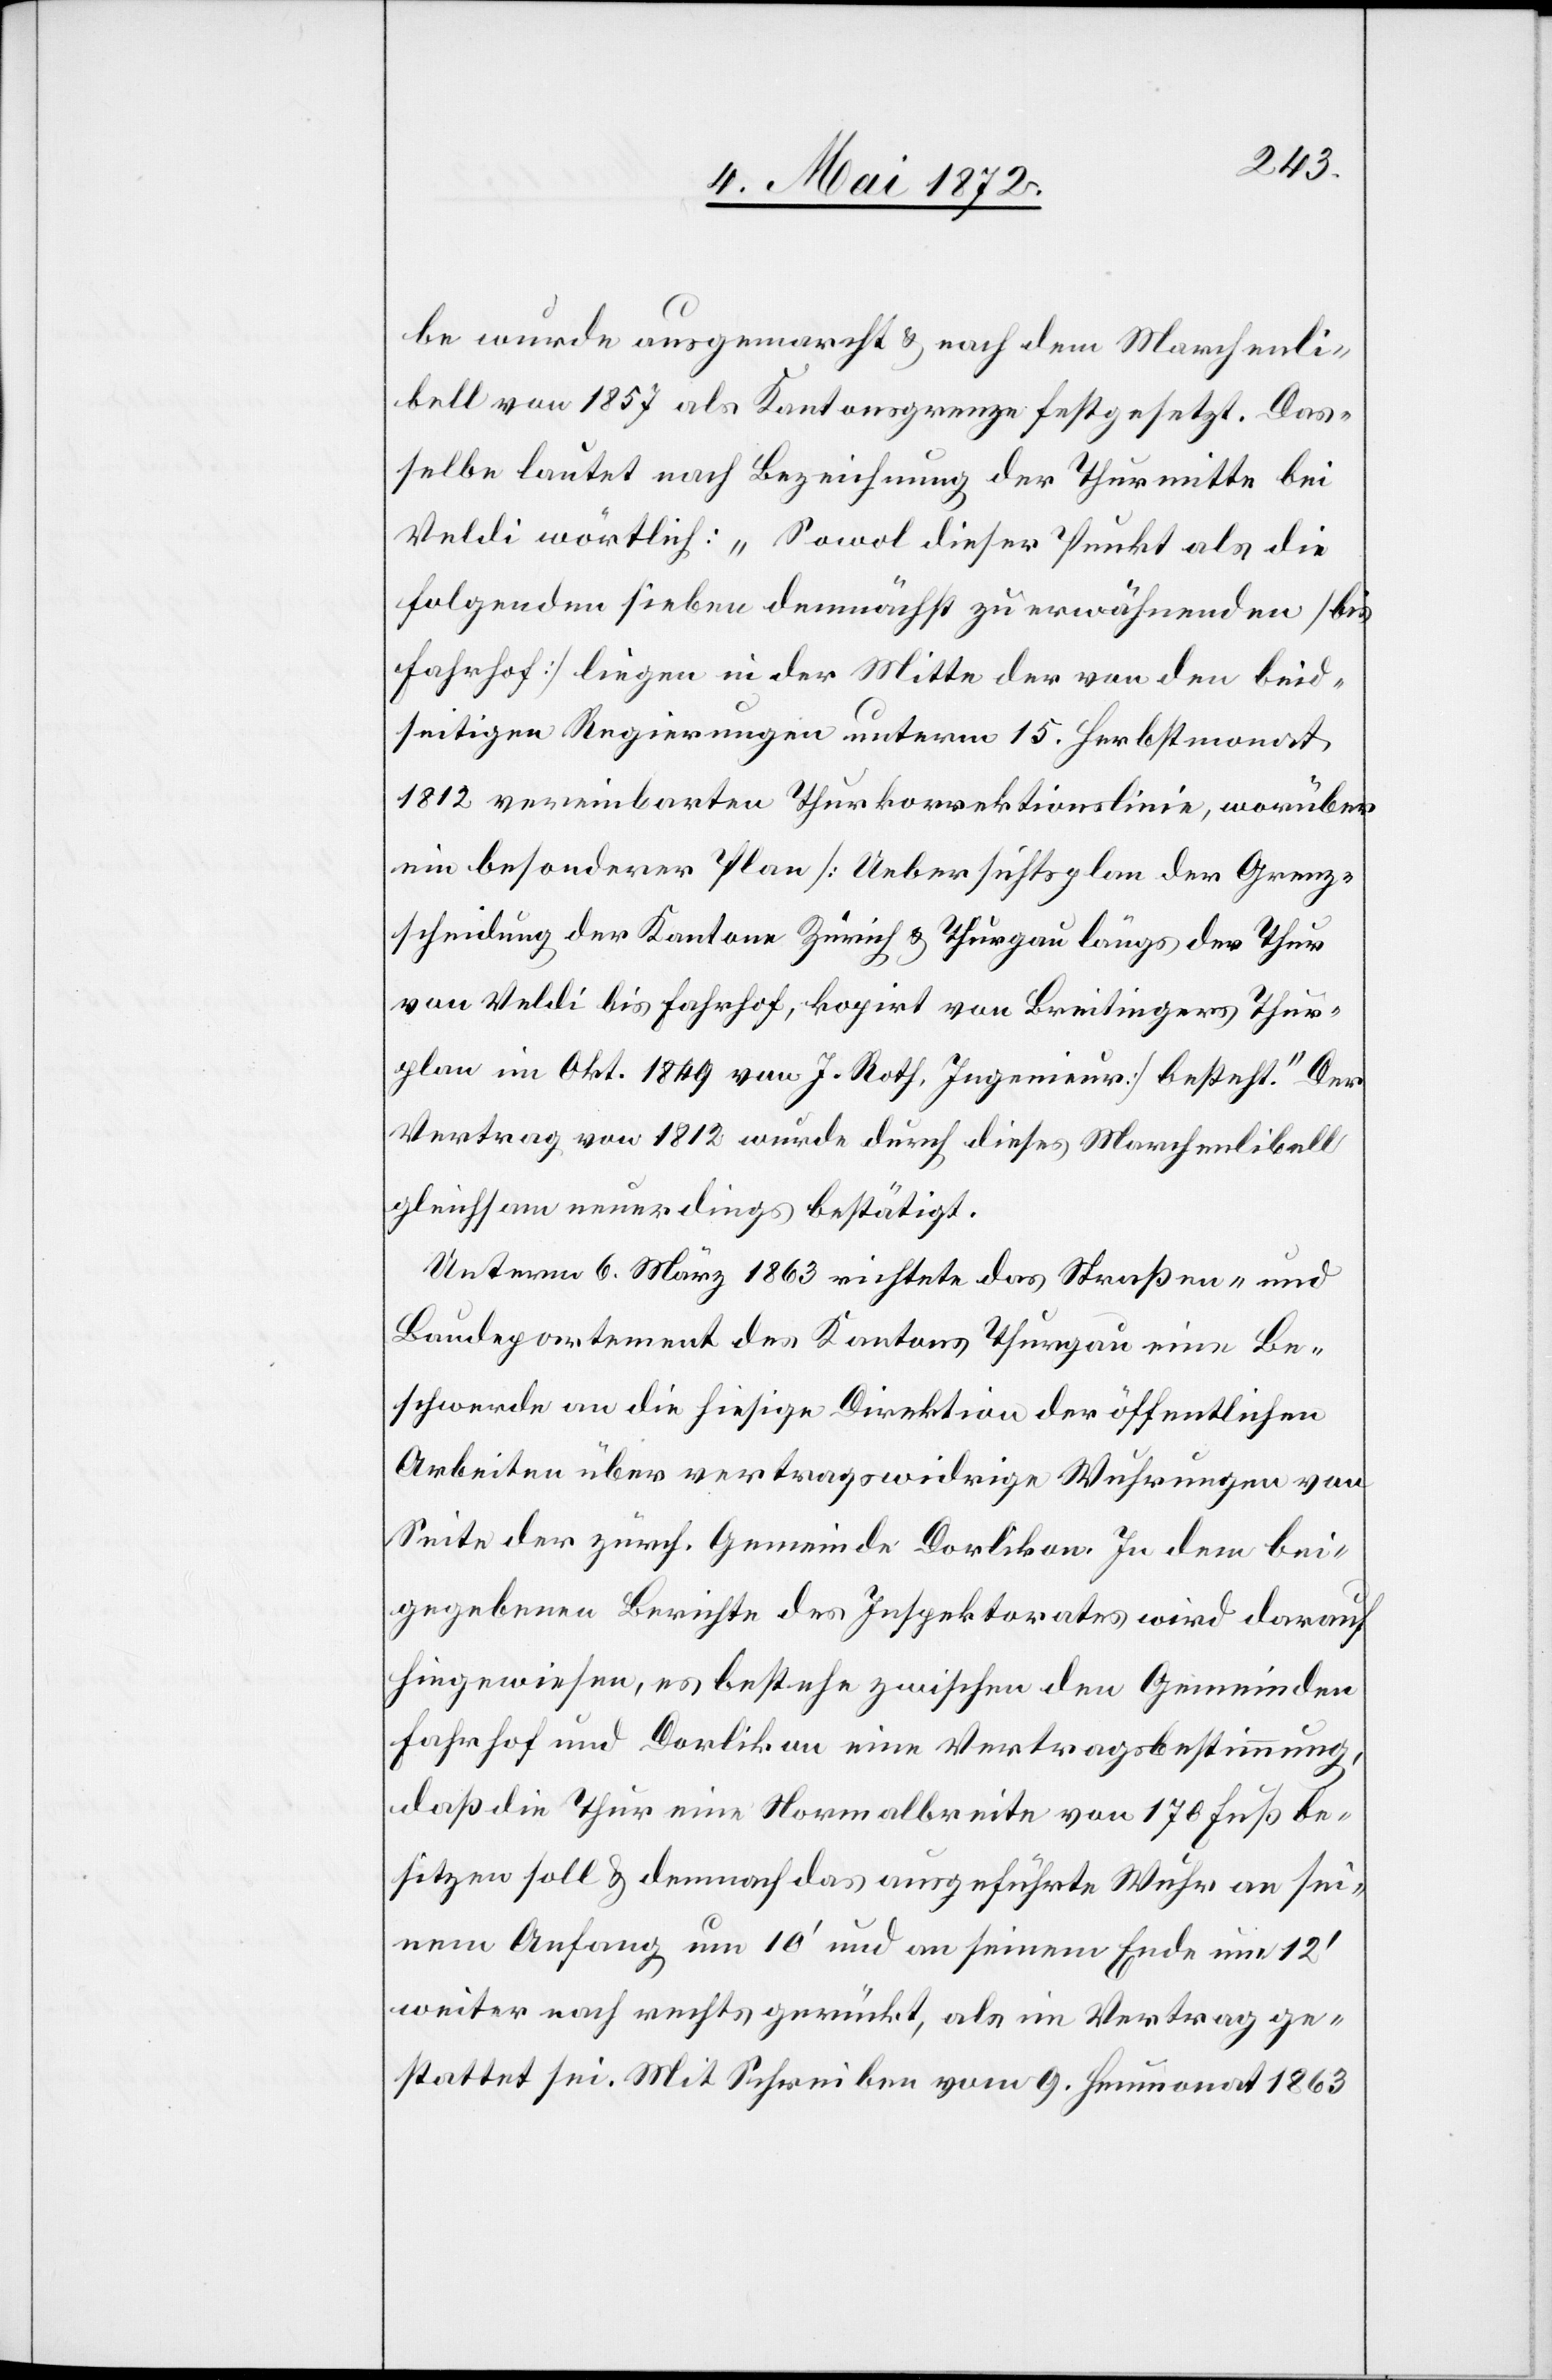
be wurde ausgemarcht u. nach dem Marchenli¬
bell von 1857 als Kantonsgrenze festgesetzt. Das¬
selbe lautet nach Bezeichnung der Thurmitte bei
Veldi wörtlich: „Sowol dieser Punkt als die
folgenden sieben demnächst zu erwähnenden [bis
Fahrhof] liegen in der Mitte der von den beid¬
seitigen Regierungen unterm 15. Herbstmonat
1812 vereinbarten Thurkorrektionslinie, worüber
ein besonderer Plan [Uebersichtsplan der Grenz¬
scheidung der Kantone Zürich u. Thurgau längs der Thur
von Veldi bis Fahrhof, kopirt von Breitingers Thur¬
plan im Okt. 1849 von J. Roth, Ingenieur] besteht.“ Der
Vertrag von 1812 wurde durch dieses Marchenlibell
gleichsam neuerdings bestätigt.
Unterm 6. März 1863 richtete das Straßen- und
Baudepartement des Kantons Thurgau eine Be¬
schwerde an die hiesige Direktion der öffentlichen
Arbeiten über vertragswidrige Wuhrungen von
Seite der zürch. Gemeinde Dorlikon. In dem bei¬
gegebenen Berichte des Inspektorates wird darauf
hingewiesen, es bestehe zwischen den Gemeinden
Fahrhof und Dorlikon eine Vertragsbestimmung,
daß die Thur eine Normalbreite von 170 Fuß be¬
sitzen soll u. demnach das ausgeführte Wuhr an sei¬
nem Anfang um 10’ und an seinem Ende um 12’
weiter nach rechts gerückt, als im Vertrag ge¬
stattet sei. Mit Schreiben vom 9. Hornung 1863